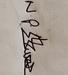
Signature authenticity: genuine